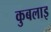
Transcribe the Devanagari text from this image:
कुबलाइ